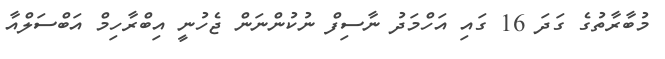
މުބާރާތުގެ ގަދަ 16 ގައި އަހްމަދު ނާސިފް ނުކުންނަން ޖެހުނީ އިބްރާހިމް އަބްސަލްއާ